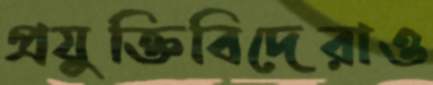
প্রযুক্তিবিদেরাও